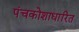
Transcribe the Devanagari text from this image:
पंचकोशाधारित